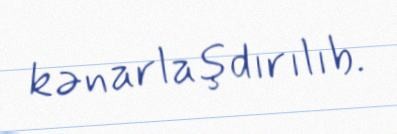
kənarlaşdırılıb.